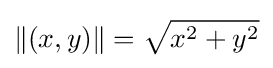
\|(x,y)\|={\sqrt {x^{2}+y^{2}}}